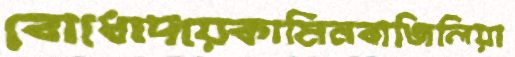
বোধোদয়েকামিনবাজিলিয়া